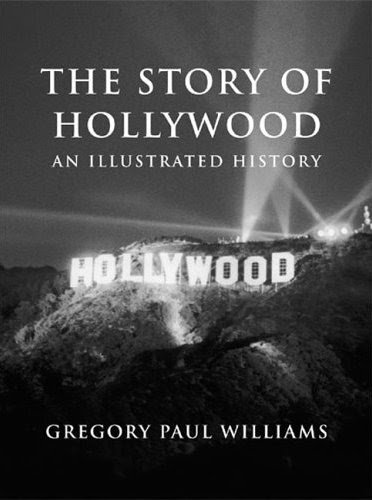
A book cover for The Story of Hollywood: An Illustrated History; Gregory Paul Williams; Humor & Entertainment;